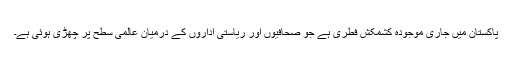
پاکستان میں جاری موجودہ کشمکش فطری ہے جو صحافیوں اور ریاستی اداروں کے درمیان عالمی سطح پر چھڑی ہوئی ہے۔